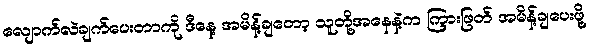
လျောက်လဲချက်ပေးတာကို ဒီနေ့ အမိန့်ချတော့ သူတို့အနေနဲ့က ကြားဖြတ် အမိန့်ချပေးဖို့